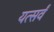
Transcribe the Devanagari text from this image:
यत्सर्वं